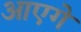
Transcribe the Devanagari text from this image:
आएगे